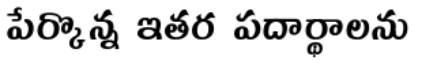
పేర్కొన్న ఇతర పదార్థాలను